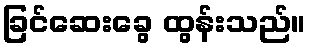
ခြင်ဆေးခွေ ထွန်းသည်။